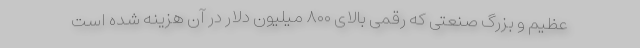
عظیم و بزرگ صنعتی که رقمی بالای ۸۰۰ میلیون دلار در آن هزینه شده است